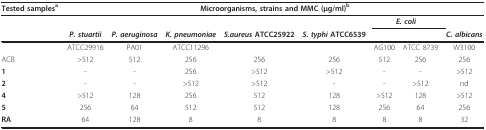
<table><thead><tr><td><b>Tested samples<sup>a</sup></b></td><td colspan="8"><b>Microorganisms, strains and MMC (μg/ml)<sup>b</sup></b></td></tr></thead><tbody><tr><td></td><td></td><td></td><td></td><td></td><td></td><td colspan="2"><b><i>E. coli</i></b></td><td></td></tr><tr><td></td><td><b><i>P. stuartii</i></b></td><td><b><i>P. aeruginosa</i></b></td><td><b><i>K. pneumoniae</i></b></td><td><b><i>S.aureus </i>ATCC25922</b></td><td><b><i>S. typhi </i>ATCC6539</b></td><td></td><td></td><td><b><i>C. albicans</i></b></td></tr><tr><td></td><td>ATCC29916</td><td>PA01</td><td>ATCC11296</td><td></td><td></td><td>AG100</td><td>ATCC 8739</td><td>W3100</td></tr><tr><td>ACB</td><td>&gt;512</td><td>512</td><td>256</td><td>256</td><td>256</td><td>512</td><td>256</td><td>256</td></tr><tr><td><b>1</b></td><td>-</td><td>-</td><td>256</td><td>&gt;512</td><td>&gt;512</td><td>-</td><td>-</td><td>&gt;512</td></tr><tr><td><b>2</b></td><td>-</td><td>-</td><td>&gt;512</td><td>&gt;512</td><td>-</td><td>-</td><td>&gt;512</td><td>nd</td></tr><tr><td><b>4</b></td><td>&gt;512</td><td>128</td><td>256</td><td>512</td><td>128</td><td>&gt;512</td><td>128</td><td>&gt;512</td></tr><tr><td><b>5</b></td><td>256</td><td>64</td><td>512</td><td>512</td><td>128</td><td>256</td><td>64</td><td>256</td></tr><tr><td><b>RA</b></td><td>64</td><td>128</td><td>8</td><td>8</td><td>8</td><td>8</td><td>8</td><td>32</td></tr></tbody></table>